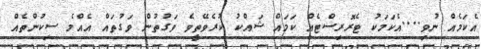
އެކަމެއް ނުވި....އެކަމަކު ޓެރޮރިސްޓެއް ކަމައް ޝައްކު ކުރެވޭތީވެ ވަގުތުން ވަގުތައް އެއްމެ ސިކުންތެއް